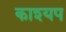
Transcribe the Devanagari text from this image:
काश्‍यप